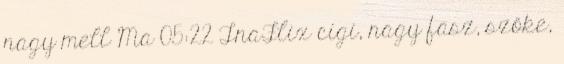
nagy mell Ma 05:22 TnaFlix cigi, nagy fasz, szőke,